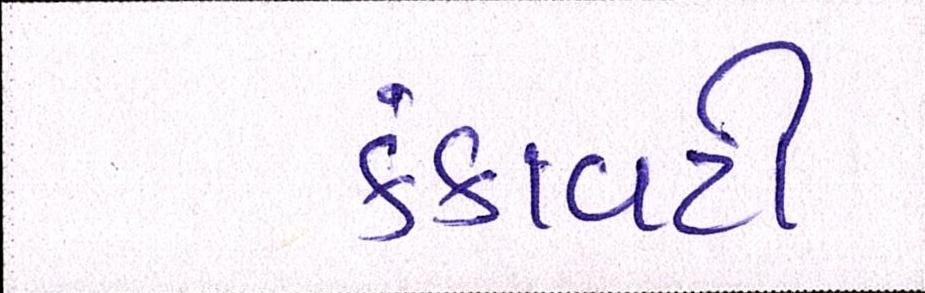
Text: કંકાવટી